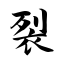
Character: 裂